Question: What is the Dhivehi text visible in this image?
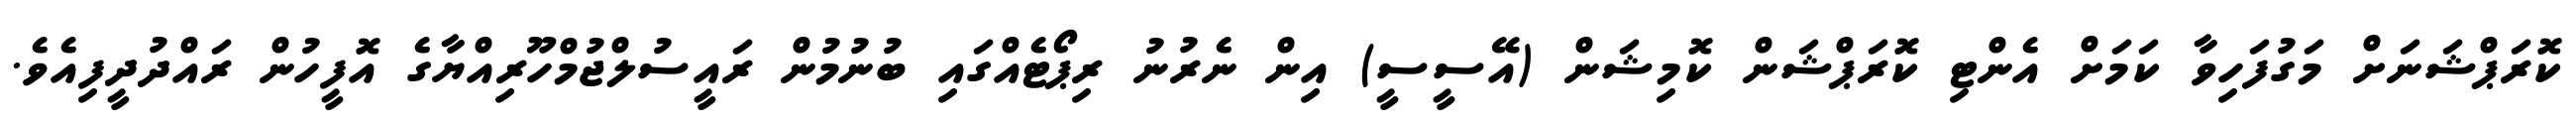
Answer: ކޮރަޕްޝަނަށް މަގުފަހިވާ ކަމަށް އެންޓި ކޮރަޕްޝަން ކޮމިޝަން (އޭސީސީ) އިން ނެރުނު ރިޕޯޓެއްގައި ބުނުމުން ރައީސުލްޖުމްހޫރިއްޔާގެ އޮފީހުން ރައްދުދީފިއެވެ.